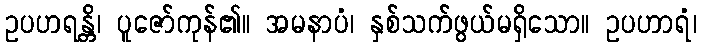
ဥပဟရန္တိ၊ ပူဇော်ကုန်၏။ အမနာပံ၊ နှစ်သက်ဖွယ်မရှိသော။ ဥပဟာရံ၊